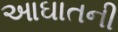
આઘાતની